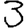
Digit: 3